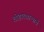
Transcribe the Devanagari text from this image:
लोहारखान्याचे